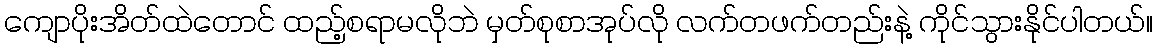
ကျောပိုးအိတ်ထဲတောင် ထည့်စရာမလိုဘဲ မှတ်စုစာအုပ်လို လက်တဖက်တည်းနဲ့ ကိုင်သွားနိုင်ပါတယ်။